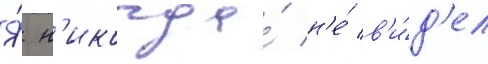
Я́ н'икогда́ н'е́ в'и́д'ел